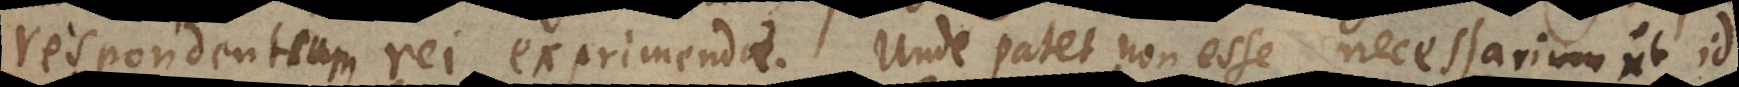
respondentium rei exprimendae. Unde patet non esse necessarium ut id